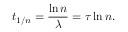
t _ { 1 / n } = { \frac { \ln n } { \lambda } } = \tau \ln n .